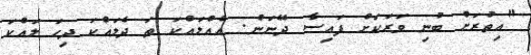
"އިތުރަށް ބުނި ވަރަކަށް ފައިސާ ދޭނަން. އެއްލައްކަ ތަ ދެލައްކަ ދިހަ ލައްކަ